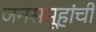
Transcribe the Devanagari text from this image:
जनसमूहांची